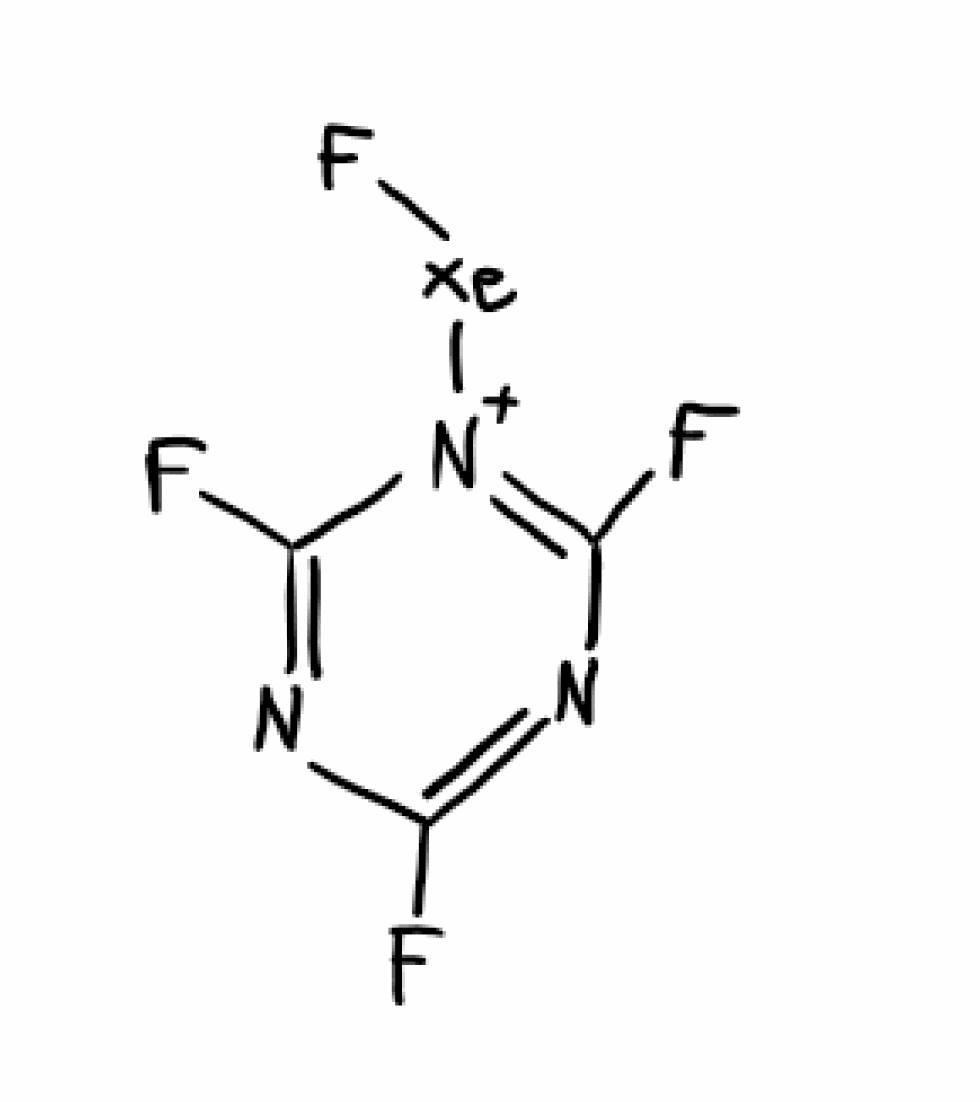
Simplified molecular-input line-entry system (SMILES) notation of the given molecule:
C1(=NC(=[N+](C(=N1)F)[Xe]F)F)F